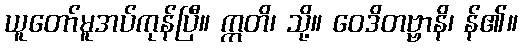
ယူတော်မူအပ်ကုန်ပြီ။ ဣတိ၊ သို့။ ဝေဒိတဗ္ဗာနိ၊ န်၏။